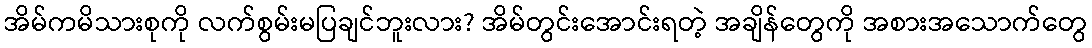
အိမ်ကမိသားစုကို လက်စွမ်းမပြချင်ဘူးလား? အိမ်တွင်းအောင်းရတဲ့ အချိန်တွေကို အစားအသောက်တွေ